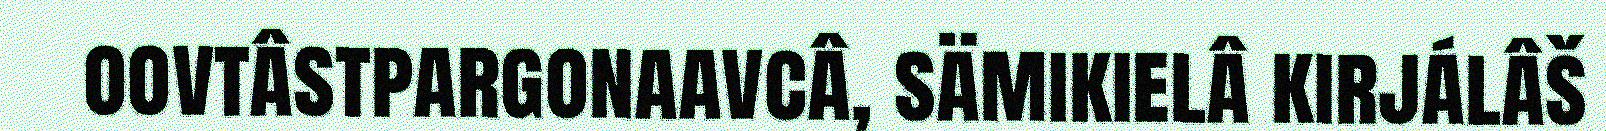
oovtâstpargonaavcâ, sämikielâ kirjálâš